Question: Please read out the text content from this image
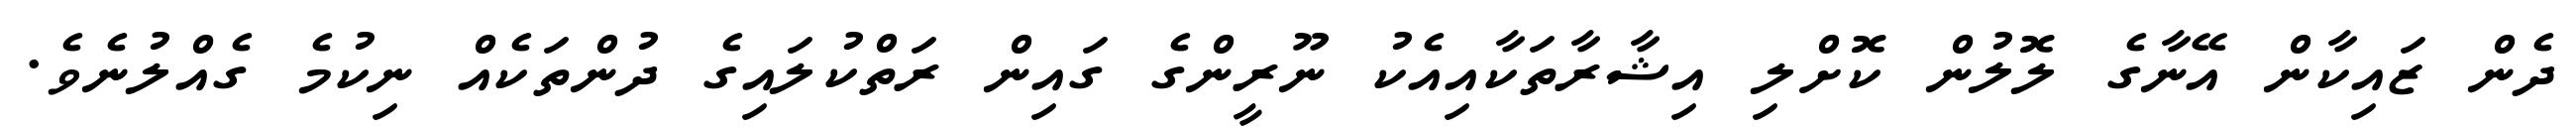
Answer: ދެން ޒައިކާން އޭނާގެ ލޮލުން ކޮށްލި އިޝާރާތަކާއިއެކު ނޫރީންގެ ގައިން ރަތްކުލައިގެ ދުންތަކެއް ނިކުމެ ގެއްލުނެވެ.